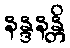
နန္ဒနန္တိ